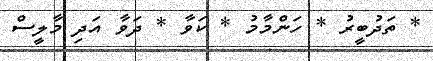
* ތަދުބީރު * ހަންމާމު * ކަވާ * ދަވާ އަދި މާލީސް